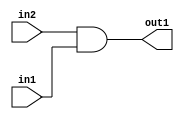
`timescale 1ps / 1ps
/*****************************************************************************
    Verilog RTL Description
    
    
    Created by: Stratus DpOpt 2019.1.01 
*******************************************************************************/

module ColorTransform_And_1Ux1U_1U_1 (
	in2,
	in1,
	out1
	); /* architecture "behavioural" */ 
input  in2,
	in1;
output  out1;
wire  asc001;

assign asc001 = 
	(in2)
	&(in1);

assign out1 = asc001;
endmodule

/* CADENCE  urj2Sww= : u9/ySgnWtBlWxVPRXgAZ4Og= ** DO NOT EDIT THIS LINE ******/